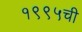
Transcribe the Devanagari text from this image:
१९९५ची